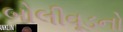
બોલીવૂડનો